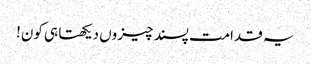
یہ قدامت پسند چیزوں دیکھتا ہی کون!